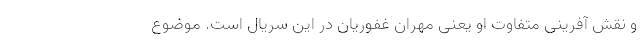
و نقش آفرینی متفاوت او یعنی مهران غفوریان در این سریال است. موضوع